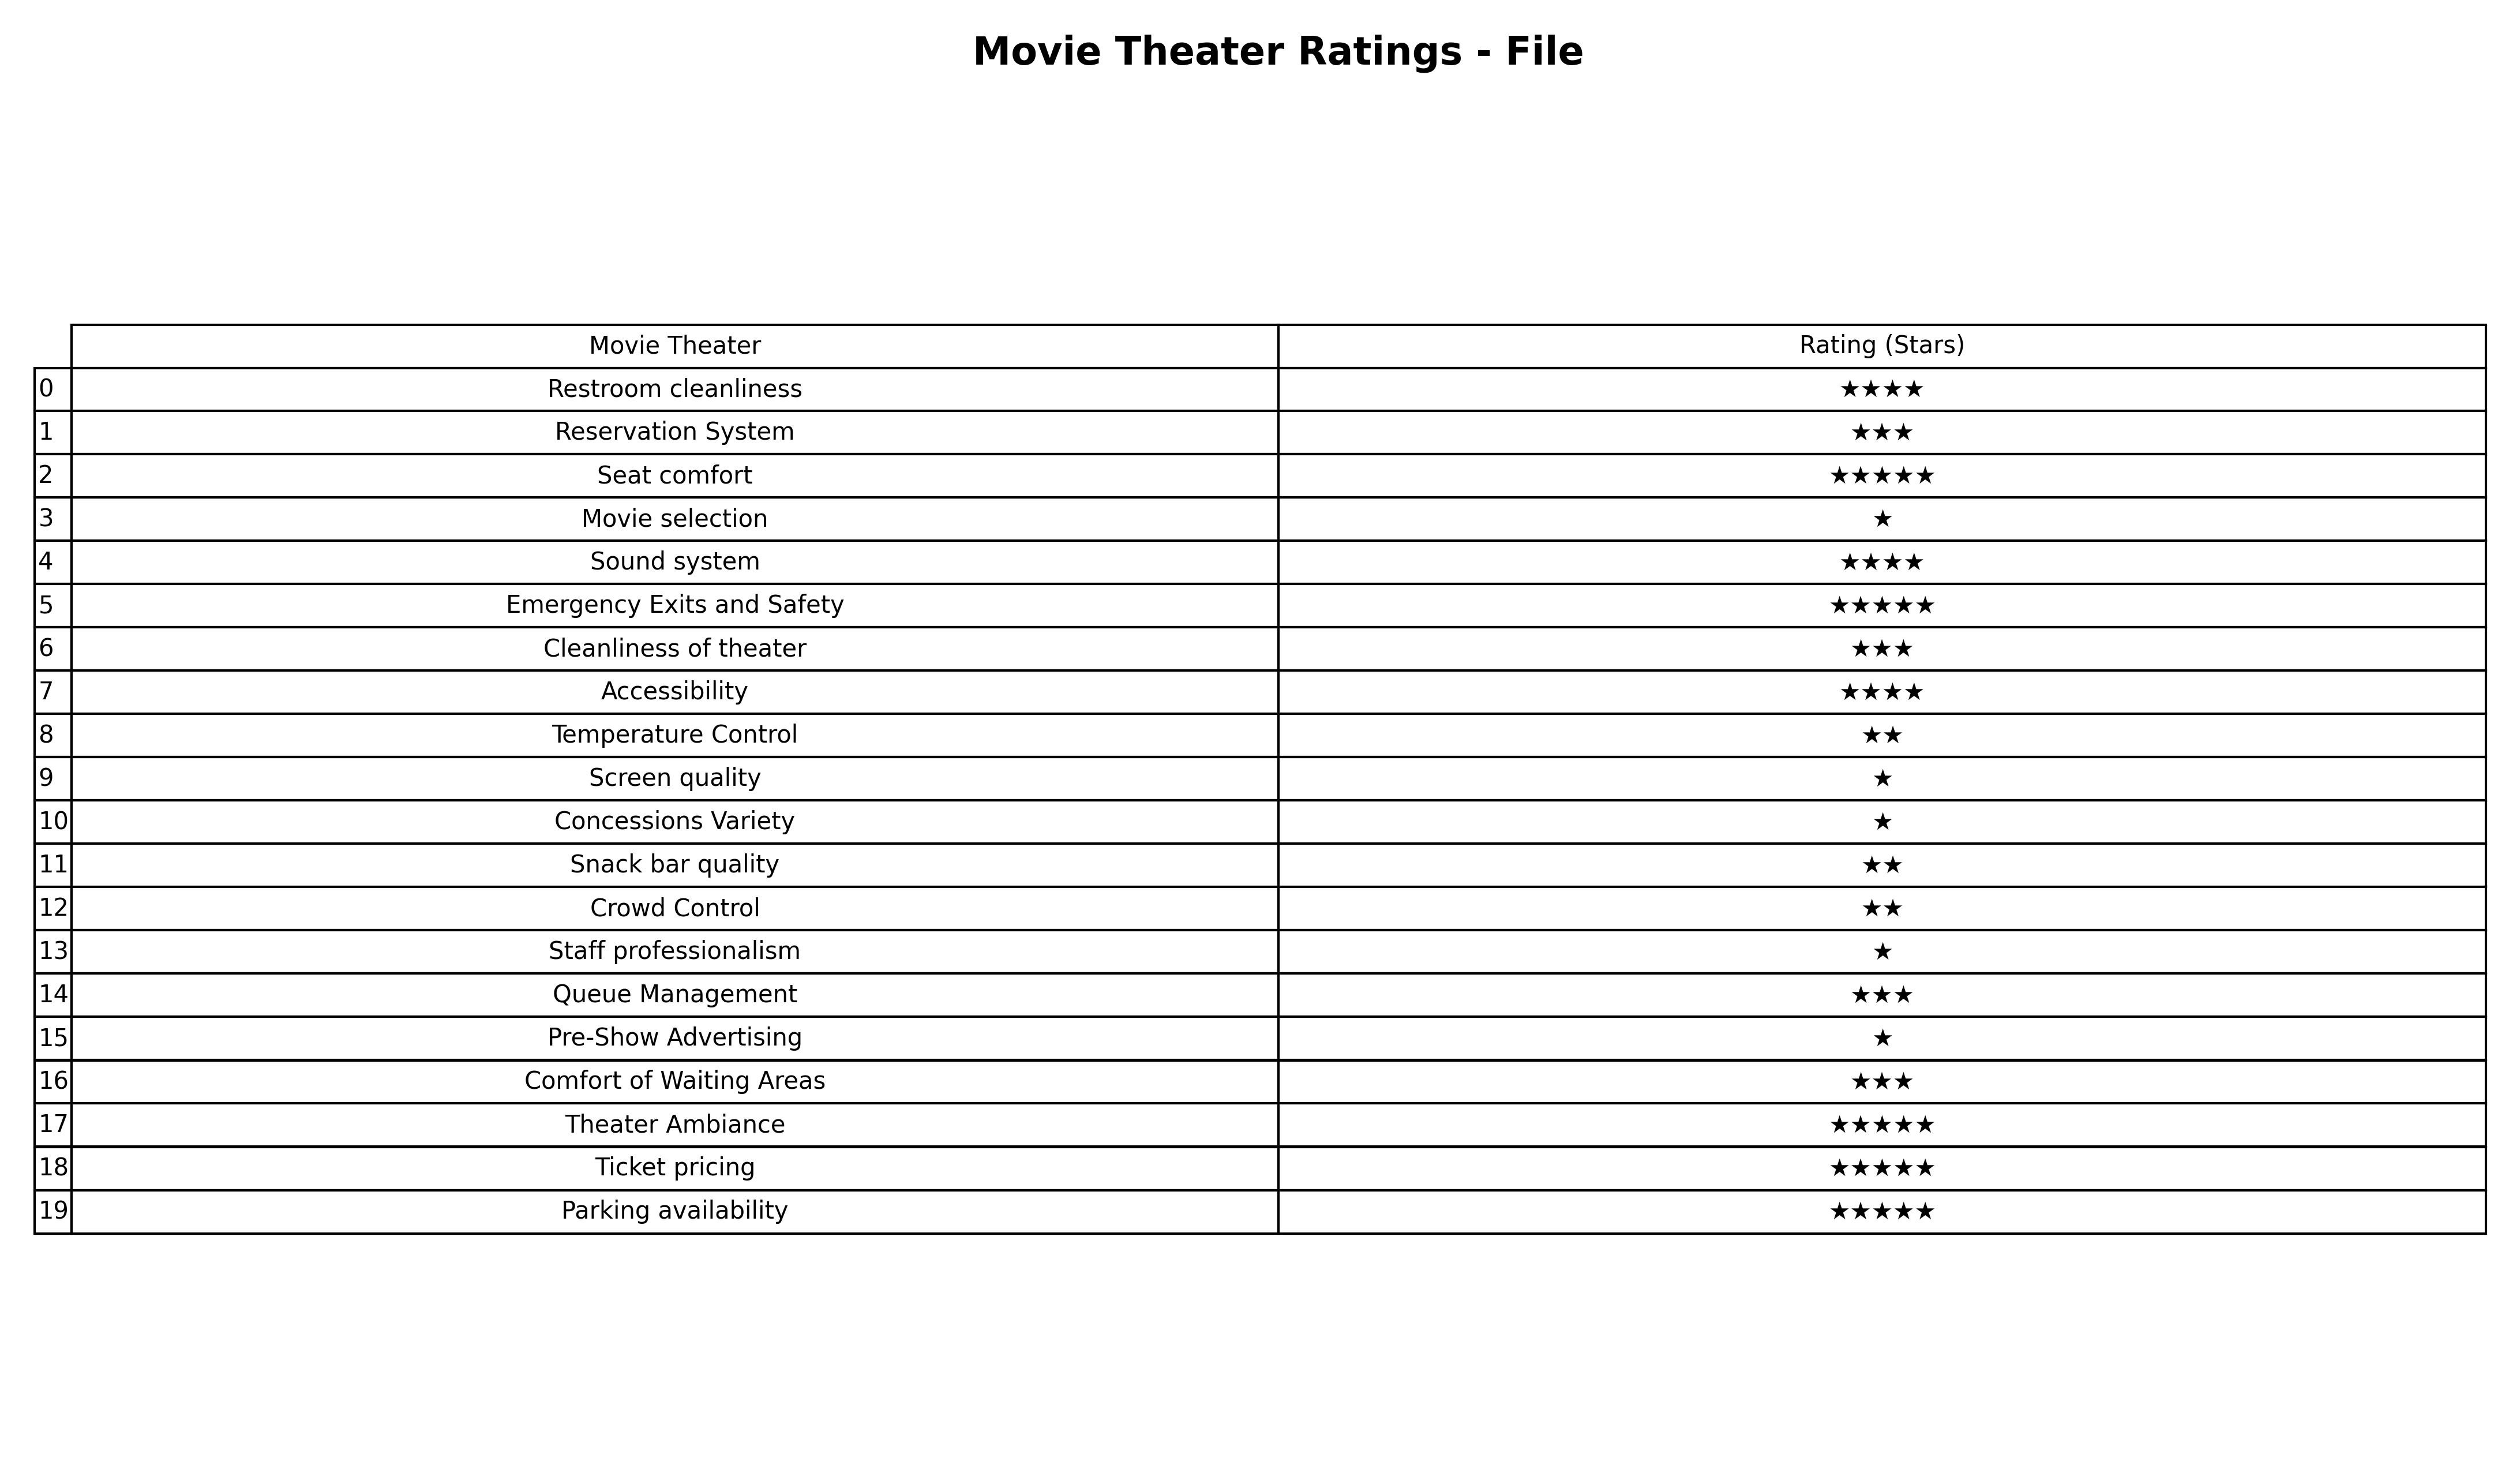
question: What are two star services?
answer: Temperature ControlSnack bar qualityCrowd Control